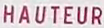
HAUTEUR